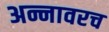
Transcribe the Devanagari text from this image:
अन्नावरच